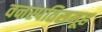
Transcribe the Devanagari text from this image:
वनस्पतिसमूह